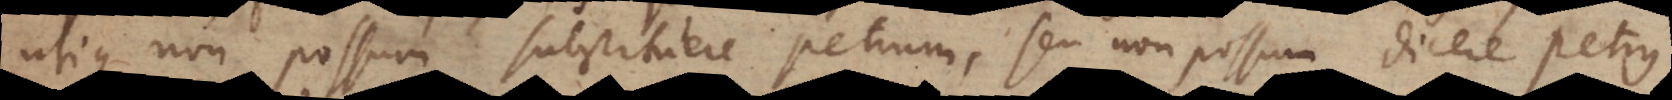
utique non possum substituere Petrum, seu non possum dicere Petrus